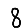
Digit: 8